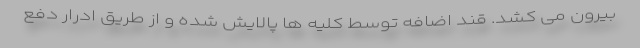
بیرون می کشد. قند اضافه توسط کلیه ها پالایش شده و از طریق ادرار دفع